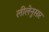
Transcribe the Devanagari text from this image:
लीलेनुसार